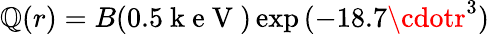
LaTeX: \mathbb{Q}(r)=B(0.5\mathrm{{~k~e~V~}})\exp{(-18.7\cdotr^{3})}